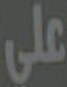
على